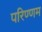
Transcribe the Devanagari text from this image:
परिण्णम